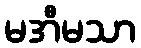
မအီမသာ